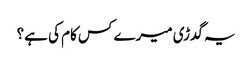
یہ گدڑی میرے کس کام کی ہے؟